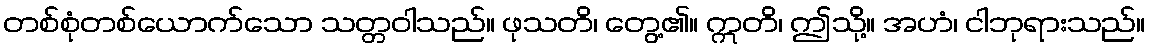
တစ်စုံတစ်ယောက်သော သတ္တဝါသည်။ ဖုသတိ၊ တွေ့၏။ ဣတိ၊ ဤသို့။ အဟံ၊ ငါဘုရားသည်။